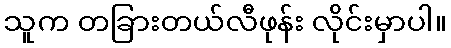
သူက တခြားတယ်လီဖုန်း လိုင်းမှာပါ။